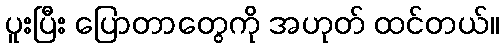
ပူးပြီး ပြောတာတွေကို အဟုတ် ထင်တယ်။